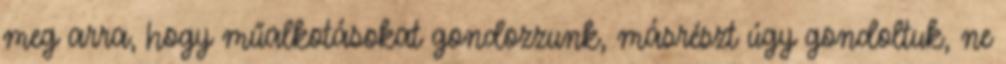
meg arra, hogy műalkotásokat gondozzunk, másrészt úgy gondoltuk, ne